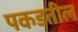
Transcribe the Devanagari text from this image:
पकडतील